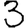
Digit: 3